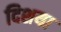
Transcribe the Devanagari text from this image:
दिशया